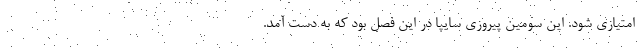
امتیازی شود. این سومین پیروزی سایپا در این فصل بود که به دست آمد.